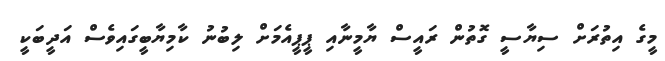
މީގެ އިތުރަށް ސިޔާސީ ގޮތުން ރައީސް ޔާމީނާއި ޕީޕީއެމަށް ލިބުނު ކާމިޔާބީގައިވެސް އަދީބަކީ